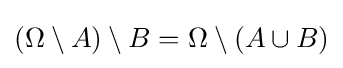
(\Omega \setminus A)\setminus B=\Omega \setminus (A\cup B)